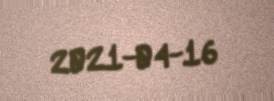
2021-04-16